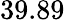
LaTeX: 39.89